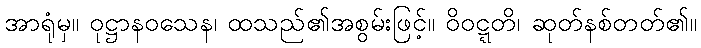
အာရုံမှ။ ဝုဋ္ဌာနဝသေန၊ ထသည်၏အစွမ်းဖြင့်။ ဝိဝဋ္ဋတိ၊ ဆုတ်နစ်တတ်၏။